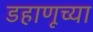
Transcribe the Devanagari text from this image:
डहाणूच्या